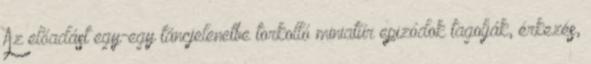
Az előadást egy-egy táncjelenetbe torkolló miniatűr epizódok tagolják, érkezés,